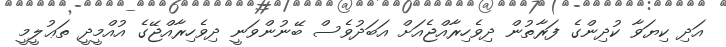
އަދި ކިޔަވާ ކުދިންގެ ފަރާތުން ދިވެހިރާއްޖެއަށް އަބަދުވެސް ބޭނުންވަނީ ދިވެހިރާއްޖޭގެ އުއްމީދީ ތަޢުލީމީ